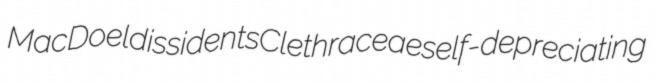
MacDoel dissidents Clethraceae self-depreciating